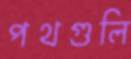
পথগুলি